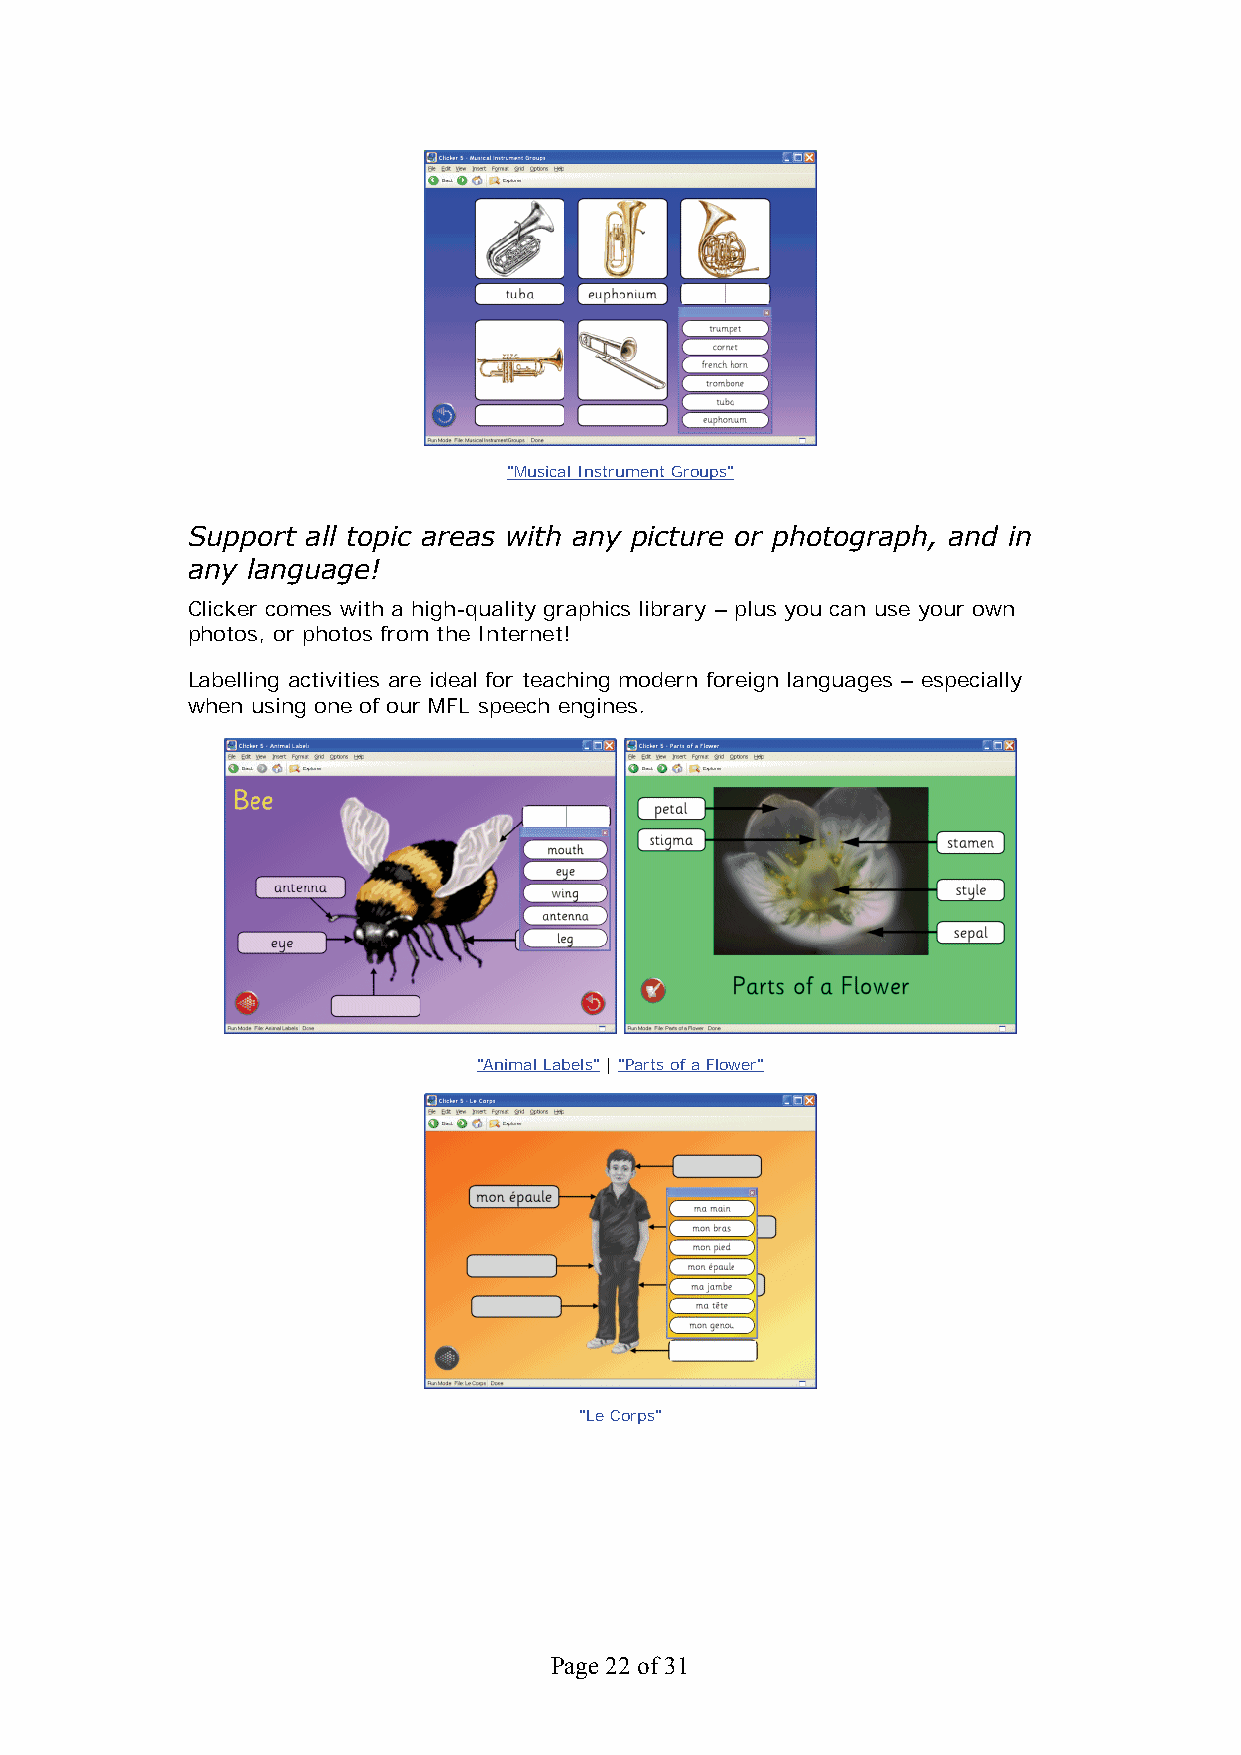
"Musical Instrument Groups"
 Support all topic areas with any picture or photograph, and in
 any language!
 Clicker comes with a high-quality graphics library – plus you can use your own
 photos, or photos from the Internet!
 Labelling activities are ideal for teaching modern foreign languages – especially
 when using one of our MFL speech engines.
 "Animal Labels" | "Parts of a Flower"
 "Le Corps"
 Page 22 of 31